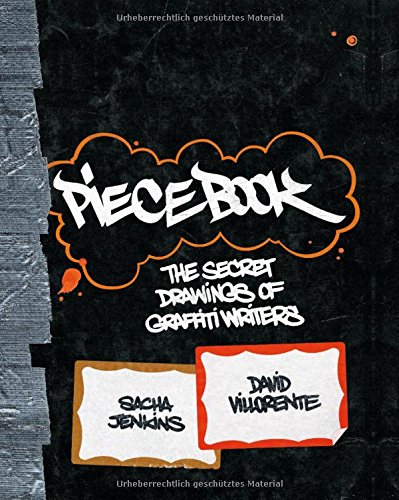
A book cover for Piecebook: The Secret Drawings of Graffiti Writers; Sacha Jenkins; Arts & Photography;